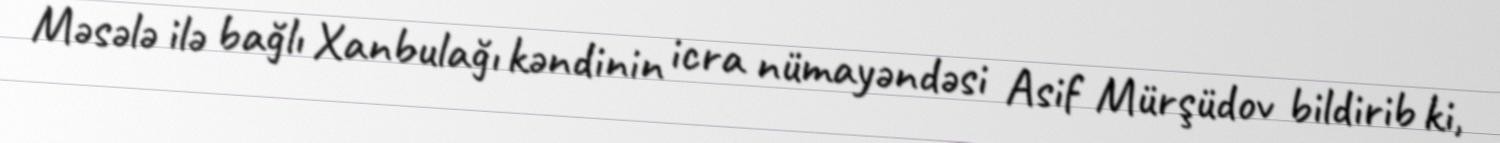
Məsələ ilə bağlı Xanbulağı kəndinin icra nümayəndəsi Asif Mürşüdov bildirib ki,